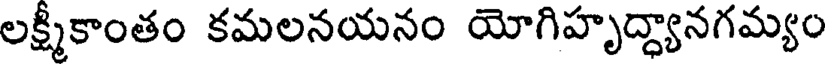
లక్ష్మీకాంతం కమలనయనం యోగిహృద్ధ్యానగమ్యం